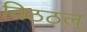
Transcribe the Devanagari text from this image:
विठठल्